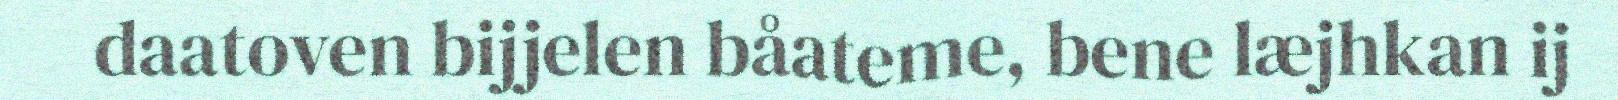
daatoven bijjelen båateme, bene læjhkan ij